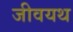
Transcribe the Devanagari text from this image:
जीवयथ